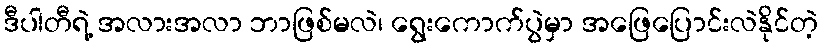
ဒီပါတီရဲ့ အလားအလာ ဘာဖြစ်မလဲ၊ ရွေးကောက်ပွဲမှာ အဖြေပြောင်းလဲနိုင်တဲ့